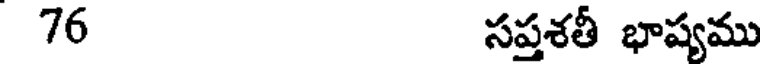
76 సప్తశతీ భాష్యము